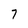
Character: 7